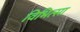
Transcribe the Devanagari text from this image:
विभित्सा